Trukikaitis_Postimees, lk 58
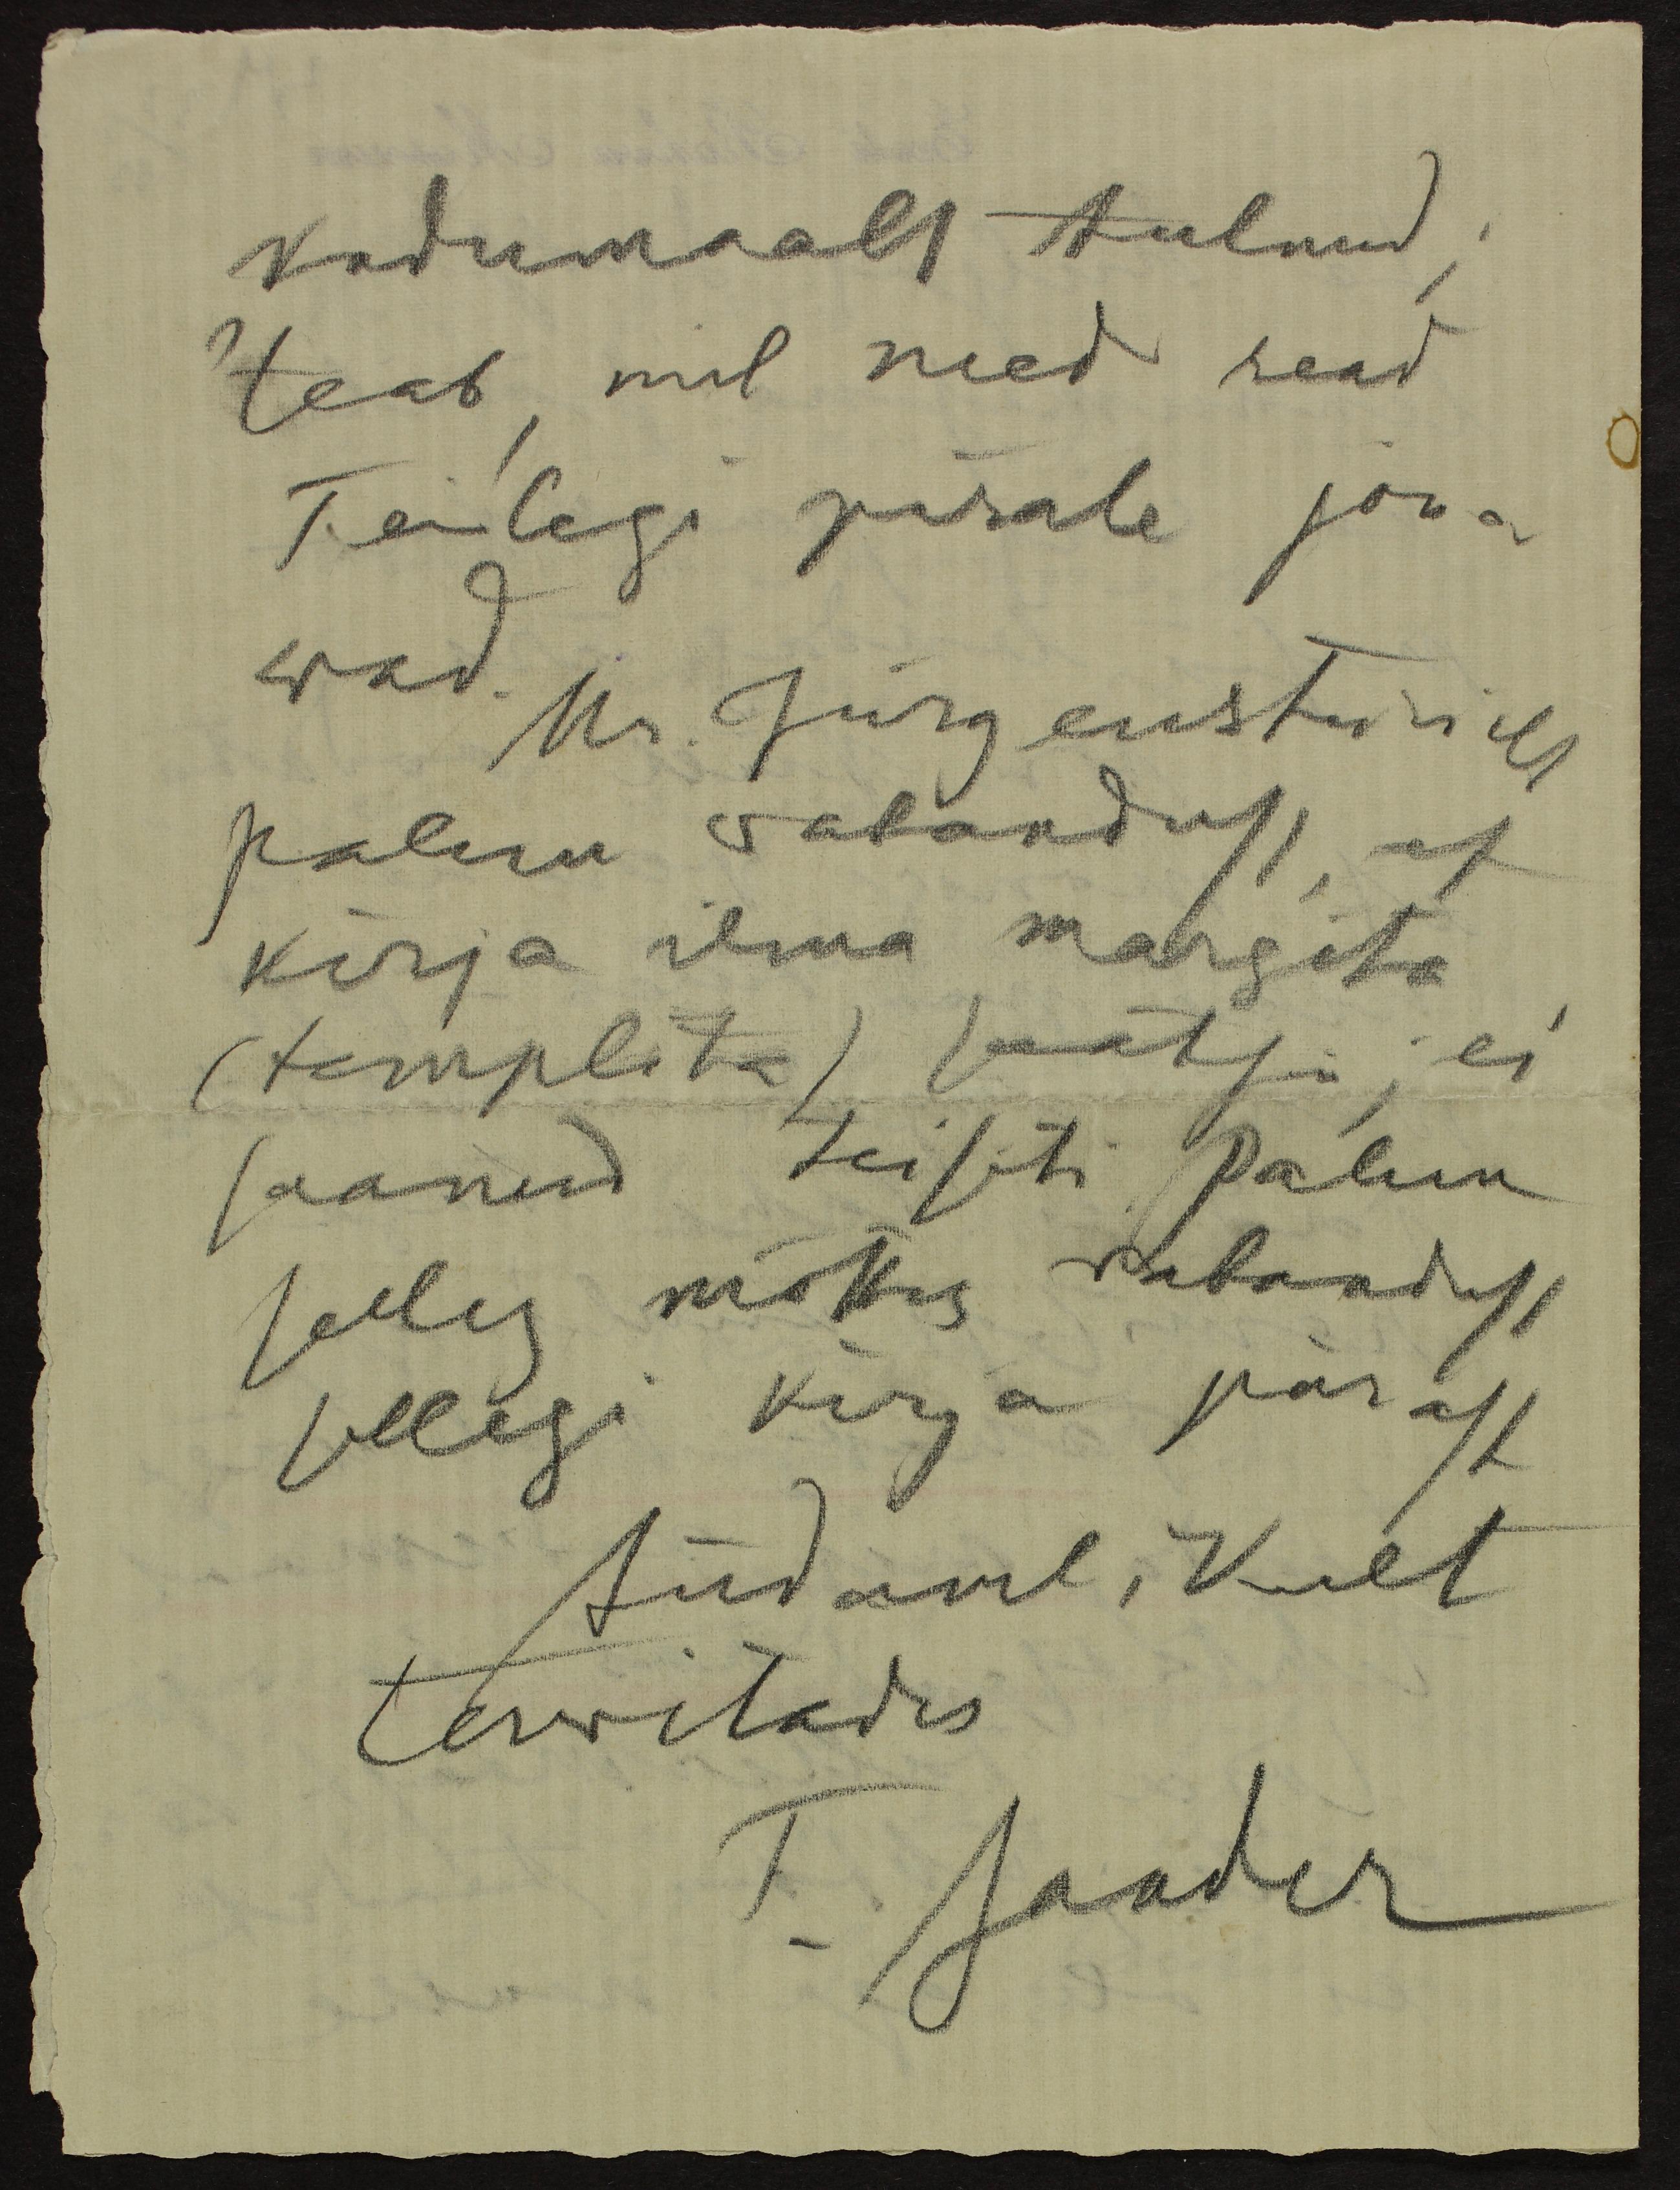
kodumaalt tulnud;
teab, mil need read
Teilegi pärale jõua-
wad.
Hr. Jürgensteinilt
palun vabandust, et
kirja ilma margita
(templita) saatsin, ei
saanud teisti. Palun
selles mõttes vabadust
sellegi kirja pärast
Südamlikult
tervitades
T. Sander